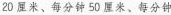
20厘米、每分钟50厘米、每分钟